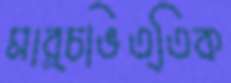
মার্চভিত্তিক